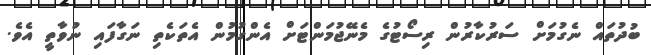
ބުދުތައް ނެގުމަށް ސަރުކާރުން ރިސޯޓުގެ މެނޭޖުމަންޓަށް އެންގުމުން އެތަކެތި ނަގާފައި ނުވާތީ އެވެ.